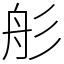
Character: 䑣